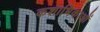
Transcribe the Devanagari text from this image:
कशाभिकाओं